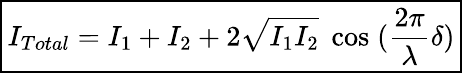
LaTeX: \boxed{I_{Total}=I_{1}+I_{2}+2\sqrt{I_{1}I_{2}}\; \cos\; (\frac{2\pi}{\lambda}\delta)}